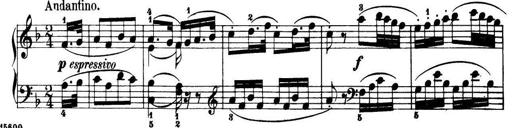
Title: 32 Sonatinas and Rondos for the Piano
Composer: Richard Kleinmichel